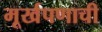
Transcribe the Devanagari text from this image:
मूर्खपणाची